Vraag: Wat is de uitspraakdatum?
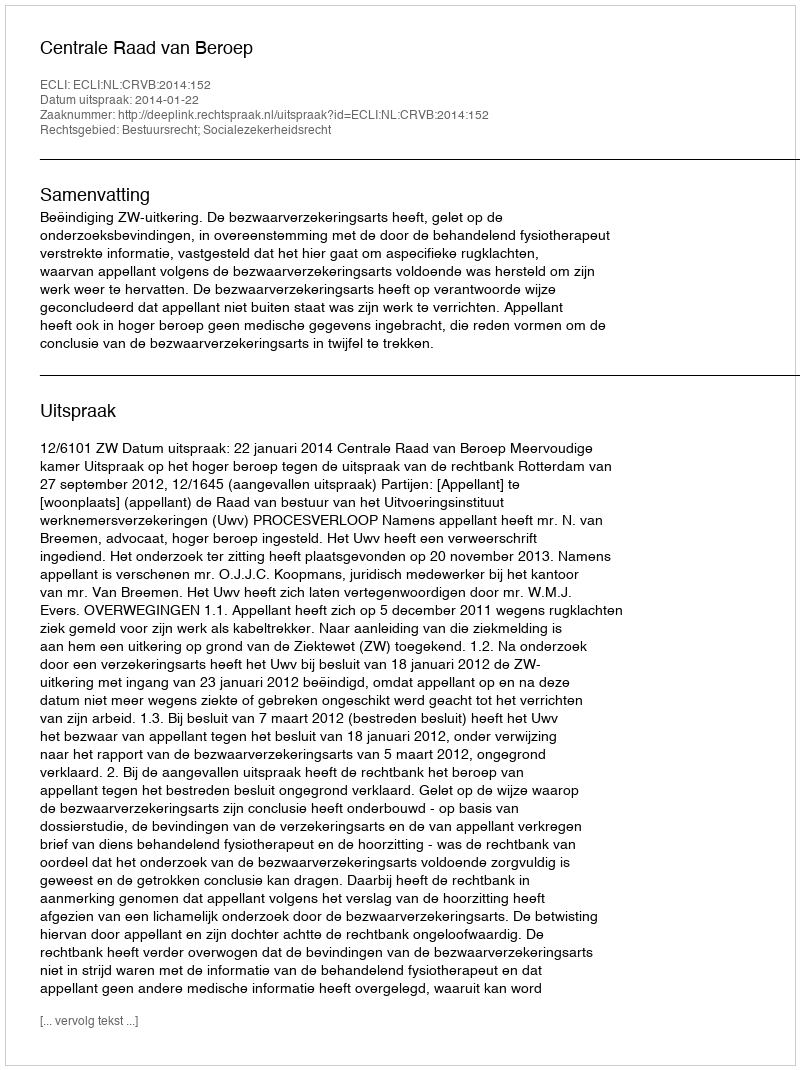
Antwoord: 2014-01-22